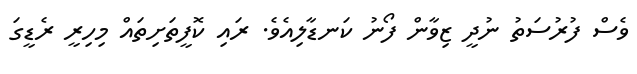
ވެސް ފުރުސަތު ނުދީ ޒިވާން ފޯނު ކަނޑާލިއެވެ. ރައި ކޮފީތަށިތައް މިހިރީ ރެޑީގަަ